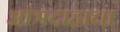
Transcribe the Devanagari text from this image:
आंत्रदाहाचा